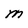
Character: M